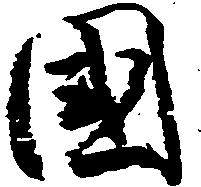
国